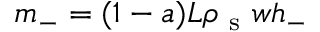
m _ { - } = ( 1 - a ) L \rho _ { \mathrm { ~ s ~ } } w h _ { - }